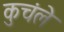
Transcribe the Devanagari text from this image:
कुचंले